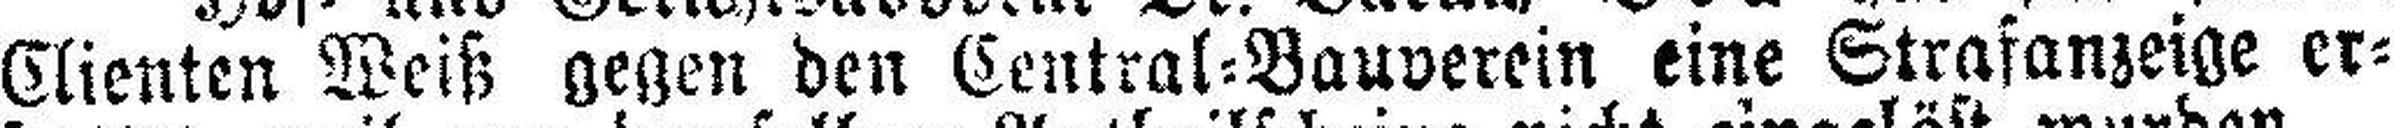
Clienten Weiß gegen den Central=Bauverein eine Strafanzeige er¬